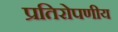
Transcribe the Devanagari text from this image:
प्रतिरोपणीय